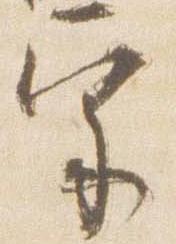
宗